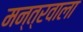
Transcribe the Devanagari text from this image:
मन्त्रवाला